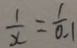
\frac { 1 } { x } = \frac { 1 } { 0 . 1 }